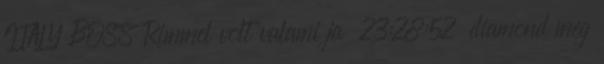
ITALY BOSS Rimmel volt valami ja 23:28:52 diamond meg